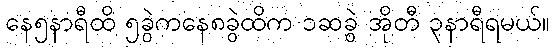
နေ၅နာရီထိ ၅ခွဲကနေ၈ခွဲထိက ၁ဆခွဲ အိုတီ ၃နာရီရမယ်။